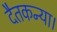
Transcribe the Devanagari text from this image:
दैतकन्या।